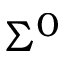
\Sigma ^ { 0 }